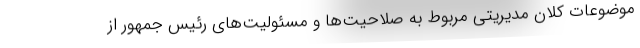
موضوعات کلان مدیریتی مربوط به صلاحیت‌ها و مسئولیت‌های رئیس جمهور از